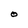
Character: O